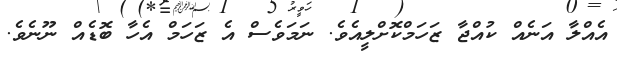
އެއްލާ އަނެއް ކުއްޖާ ޒަހަމްކޮށްލީއެވެ. ނަމަވެސް އެ ޒަހަމް އެހާ ބޮޑެއް ނޫނެވެ.